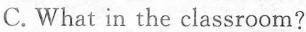
C. What in the classroom?